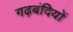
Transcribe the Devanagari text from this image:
गढ़बंदियों